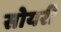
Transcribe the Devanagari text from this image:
सोयरी